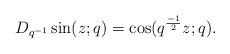
LaTeX: \begin{align*} D_{q^{-1}} \sin( z;q) = \cos(q^{\frac{-1}{2}} z;q).\end{align*}